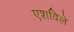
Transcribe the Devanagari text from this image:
एशविले